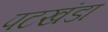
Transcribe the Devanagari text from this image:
पटखंडा